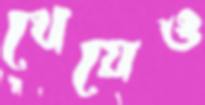
খেয়েও